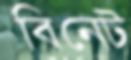
বিনেট